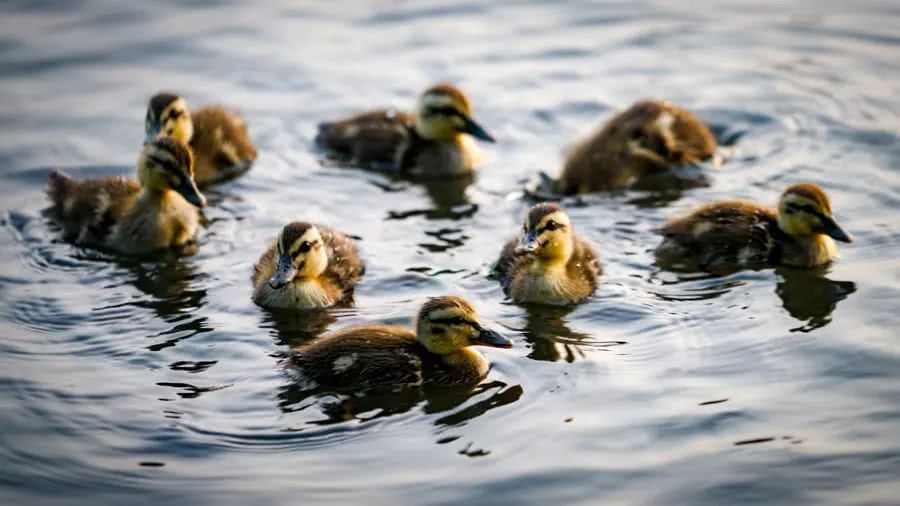
水满有时观下鹭，草深无处不鸣蛙。